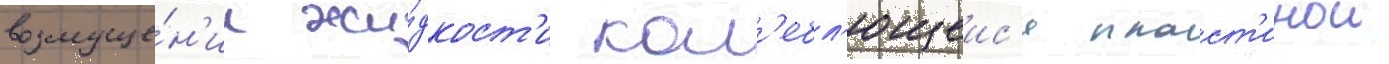
возмуще́н'ии жи́дкост'и кол'ебл'ющеис'я пласт'инои